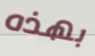
بهذه